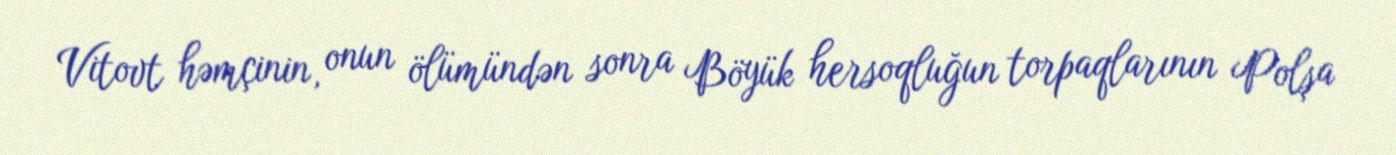
Vitovt həmçinin, onun ölümündən sonra Böyük hersoqluğun torpaqlarının Polşa